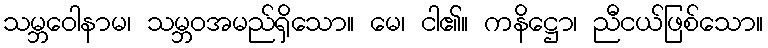
သမ္ဘဝေါနာမ၊ သမ္ဘဝအမည်ရှိသော။ မေ၊ ငါ၏။ ကနိဋ္ဌော၊ ညီငယ်ဖြစ်သော။